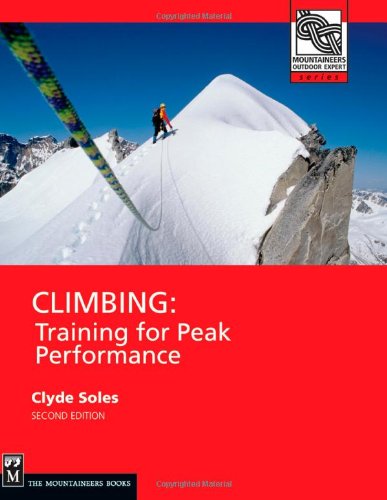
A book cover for Climbing: Training for Peak Performance (Mountaineers Outdoor Experts Series); Clyde Soles; Sports & Outdoors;